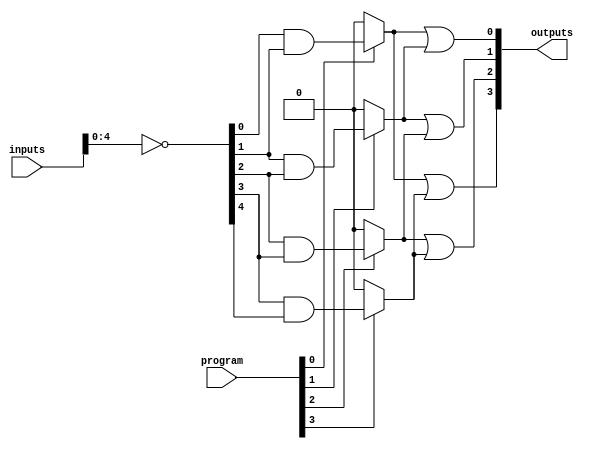
module HS_PAL #(
    parameter NUM_INPUTS = 8,      // Number of inputs
    parameter NUM_OUTPUTS = 4,     // Number of outputs
    parameter NUM_PRODUCT_TERMS = 4 // Number of product terms in AND array
)(
    input wire [NUM_INPUTS-1:0] inputs, // Input signals
    input wire [NUM_PRODUCT_TERMS-1:0] program, // Programming signals (1 for connection, 0 for no connection)
    output wire [NUM_OUTPUTS-1:0] outputs // Output signals
);

// Internal signals for AND array
wire [NUM_PRODUCT_TERMS-1:0] and_out;

// AND array implementation
genvar i, j;
generate
    for (i = 0; i < NUM_PRODUCT_TERMS; i = i + 1) begin : and_array
        wire [NUM_INPUTS-1:0] and_inputs;
        assign and_inputs = {inputs, ~inputs}; // Create inverted inputs

        // Generate AND gate based on programming
        assign and_out[i] = (program[i]) ? (and_inputs[i] & and_inputs[i + 1]) : 1'b0; // Example logic
    end
endgenerate

// OR array implementation
generate
    for (j = 0; j < NUM_OUTPUTS; j = j + 1) begin : or_array
        assign outputs[j] = or_logic(j);
    end
endgenerate

// Function to define OR logic based on AND outputs
function or_logic(input integer index);
    begin
        case (index)
            0: or_logic = and_out[0] | and_out[1]; // Example logic for output 0
            1: or_logic = and_out[1] | and_out[2]; // Example logic for output 1
            2: or_logic = and_out[2] | and_out[3]; // Example logic for output 2
            3: or_logic = and_out[0] | and_out[3]; // Example logic for output 3
            default: or_logic = 1'b0;
        endcase
    end
endfunction

endmodule